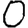
Digit: 0